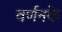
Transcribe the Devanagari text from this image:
वर्णनके